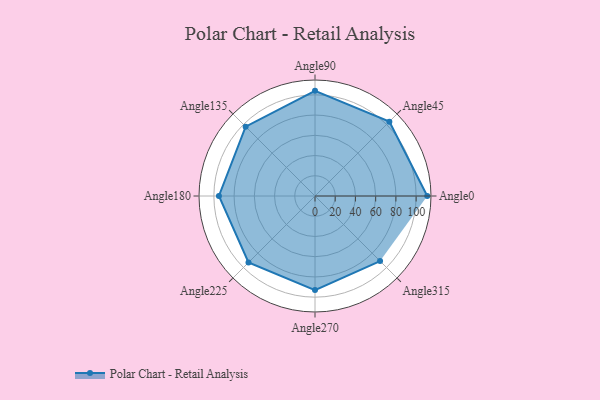
{"axis": {"x": "Angle", "y": "Radius"}, "legend": [""], "data": [{"x": "Angle0", "y": 111.0, "type": ""}, {"x": "Angle45", "y": 104.0, "type": ""}, {"x": "Angle90", "y": 104.0, "type": ""}, {"x": "Angle135", "y": 97.0, "type": ""}, {"x": "Angle180", "y": 95.0, "type": ""}, {"x": "Angle225", "y": 93.0, "type": ""}, {"x": "Angle270", "y": 93.0, "type": ""}, {"x": "Angle315", "y": 91.0, "type": ""}]}